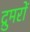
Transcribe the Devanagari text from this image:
द्रुमरों